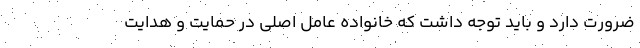
ضرورت دارد و باید توجه داشت که خانواده عامل اصلی در حمایت و هدایت